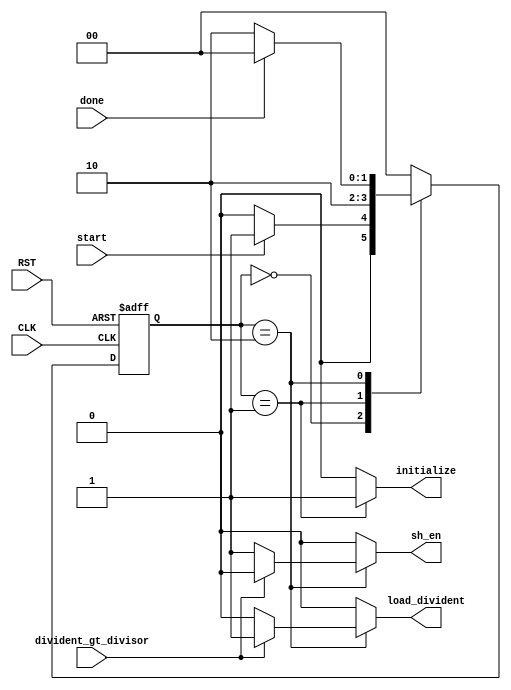
module divider_controller (
    input wire RST,
    input wire CLK,
    input wire divident_gt_divisor,
    input wire start,
    input wire done,
    output reg initialize,
    output reg load_divident,
    output reg sh_en
);
    

    localparam [1:0]    IDLE = 'b00,
                        INIT = 'b01,
                        OPER = 'b10;

    reg [1:0] present_state, next_state;

    always @(posedge CLK or negedge RST) begin
        if (~RST) begin
            present_state <= IDLE;
        end
        else begin
            present_state <=next_state;
        end
    end

    always @(*) begin
        initialize = 'b0;
        load_divident = 'b0;
        sh_en = 'b0;
        case (present_state)
            IDLE: begin
                /*next state*/
                if (start) begin
                    next_state = INIT;
                end
                else begin
                    next_state = IDLE;
                end

            end 
            INIT : begin
                next_state = OPER;
                initialize = 'b1; 
            end
            OPER: begin
                /*next state*/
                if (done) begin
                    next_state = IDLE;
                end
                else begin
                    next_state = OPER;
                end
                /*output*/
                if (divident_gt_divisor) begin
                    load_divident = 'b1;
                end
                else begin
                    sh_en = 'b1;
                end
            end
            default : next_state = IDLE;
        endcase    
    end

endmodule